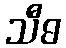
သီဓ